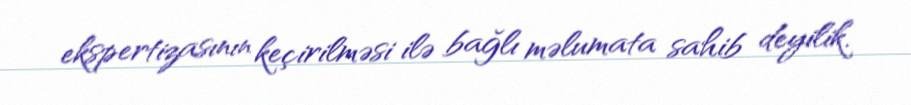
ekspertizasının keçirilməsi ilə bağlı məlumata sahib deyilik.